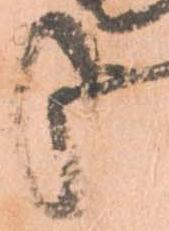
哉